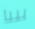
بيبا